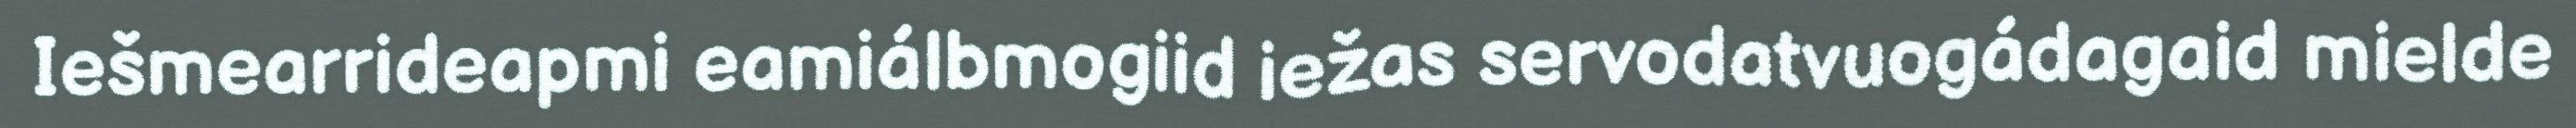
Iešmearrideapmi eamiálbmogiid iežas servodatvuogádagaid mielde